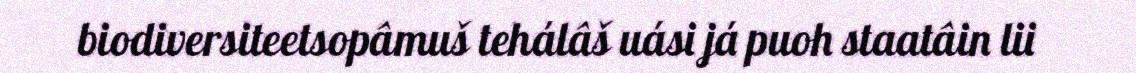
biodiversiteetsopâmuš tehálâš uási já puoh staatâin lii